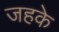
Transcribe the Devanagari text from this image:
जहके